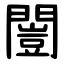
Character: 闓